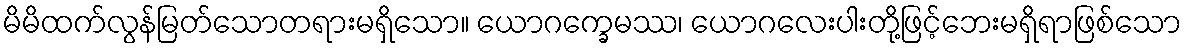
မိမိထက်လွန်မြတ်သောတရားမရှိသော။ ယောဂက္ခေမဿ၊ ယောဂလေးပါးတို့ဖြင့်ဘေးမရှိရာဖြစ်သော